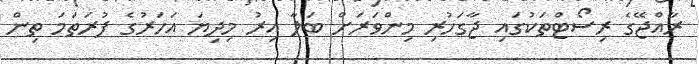
ރާއްޖޭގެ ރިސޯޓްތަކުގައި ޖާގަހުރި މިންވަރަށް ބަލާ އިރު މިދިޔަ އަހަރުގެ ފުރަތަމަ ތިން